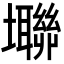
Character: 壣